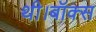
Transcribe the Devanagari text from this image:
थी।बॉक्स